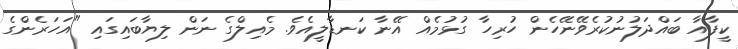
ކީފާއާ ބައްދަލުނުކުރެވޭނޭހެން ހުރިހާ ގުޅުމެއް އޭނާ ކަނޑާލީއެވެ. މެއިލްގެ ނަން ލިޔާބައިގައި "އަހަރެންގެ